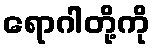
ရောဂါတို့ကို